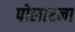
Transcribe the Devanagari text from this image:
पोलारना